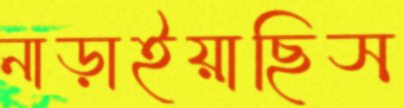
নাড়াইয়াছিস